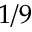
1 / 9